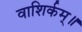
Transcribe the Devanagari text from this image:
वाशिर्कम्॥